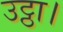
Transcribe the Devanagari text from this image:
उट्ठा।